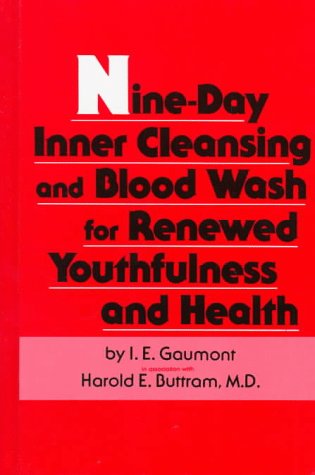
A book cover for Nine-Day Inner Cleansing and Blood Wash for Renewed Youthfulness and Health; I. E. Gaumont; Health, Fitness & Dieting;